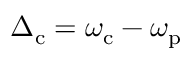
\Delta _ { \mathrm { c } } = \omega _ { \mathrm { c } } - \omega _ { \mathrm { p } }